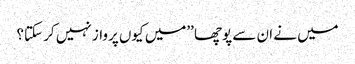
میں نے ان سے پوچھا ’’میں کیوں پرواز نہیں کر سکتا؟